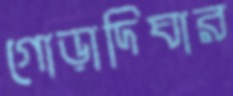
গোড়াদিঘার